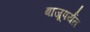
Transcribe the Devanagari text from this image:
बाजूपर्यंत